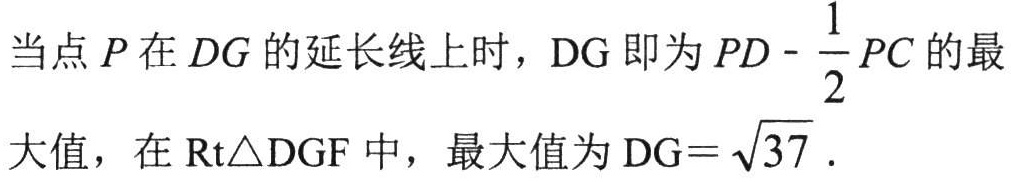
当点\(P\)在\(DG\)的延长线上时，\(DG\)即为\(PD - \frac{1}{2}PC\)的最大值，在\(Rt\triangle DGF\)中，最大值为\(DG = \sqrt{37}\)。